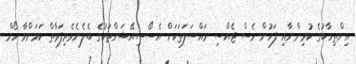
އިންތިހާބުގެ ކުރިންނާއި ފަހުން ވެސް ޖެއްސި މައްސަލަތަކަށް އެސޯސިއޭޝަންތަކުގެ ބެލެނެވެރިފަރާތް ކަމަށްވާ ހޯމް